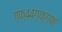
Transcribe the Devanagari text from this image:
ग्फ्४४ग्फ्ग्फ्